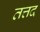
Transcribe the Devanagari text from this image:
तत्तद